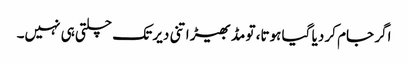
اگر جام کر دیا گیا ہوتا، تو مڈبھیڑ اتنی دیر تک چلتی ہی نہیں۔